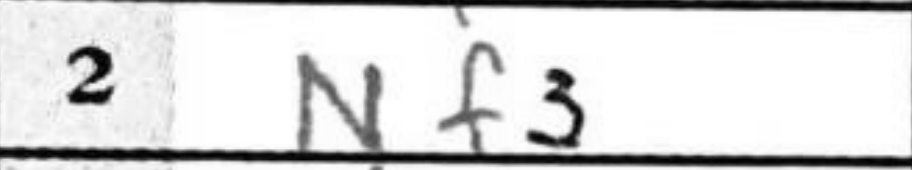
Transcription: Nf3